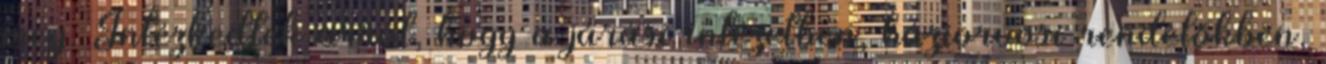
meg. Intézkedtek arról, hogy a járási intézetben, háziorvosi rendelőkben,